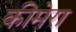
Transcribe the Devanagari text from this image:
कीमेरा